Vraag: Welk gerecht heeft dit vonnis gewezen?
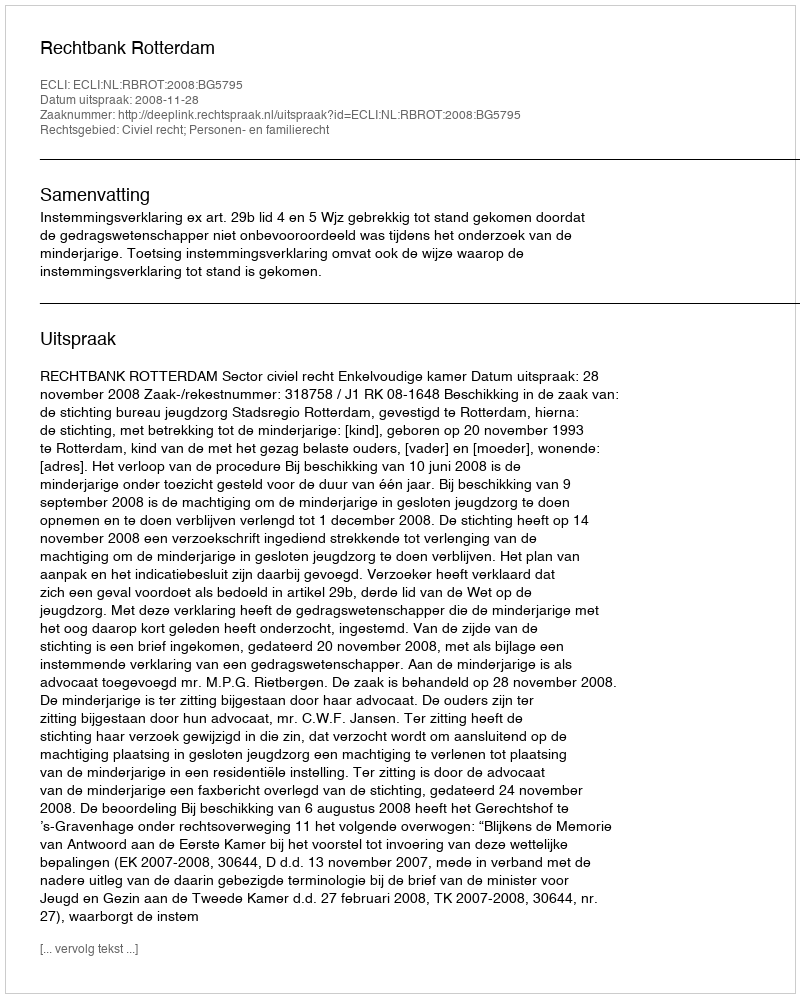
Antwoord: Rechtbank Rotterdam